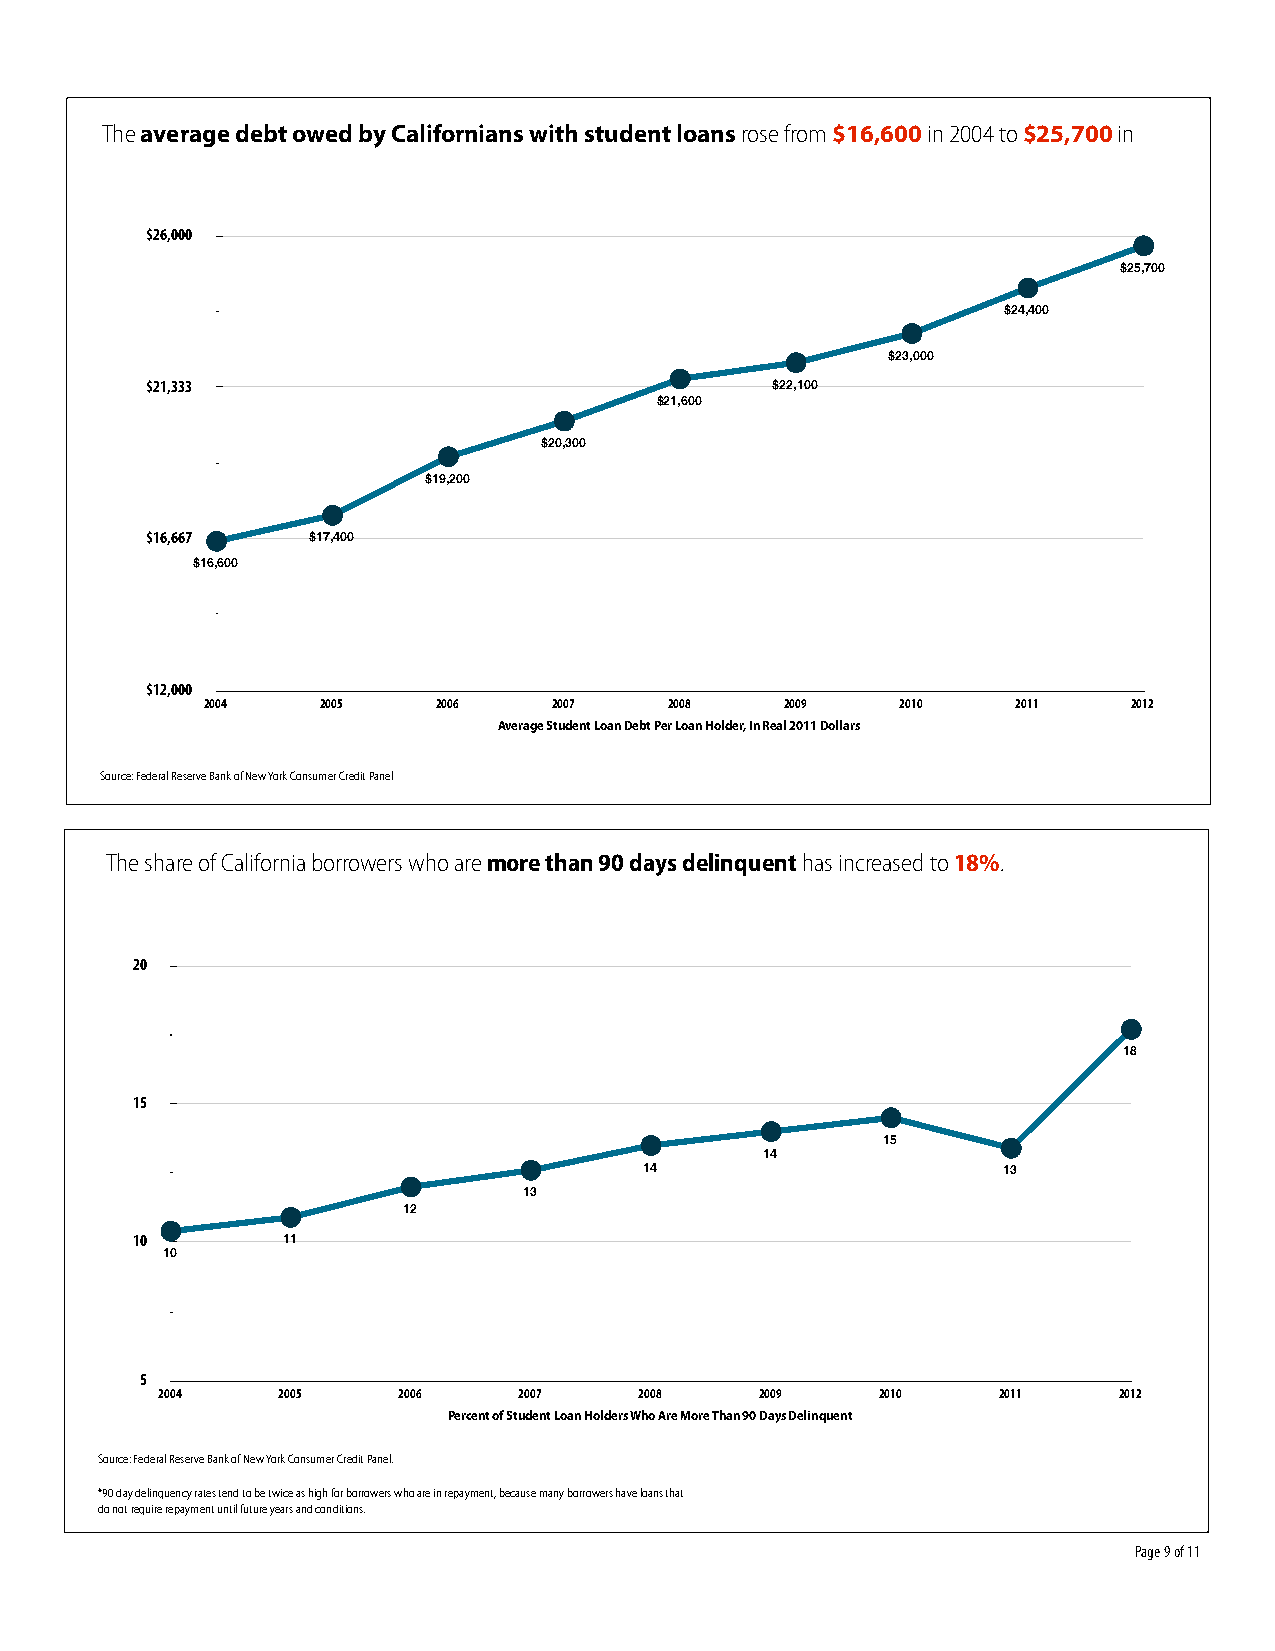
The average debt owed by Californians with student loans rose from $16,600 in 2004 to $25,700 in
 $26,000
 $25,700
 $24,400
 $23,000
 $21,333                                  $22,100
 $21,600
 $20,300
 $19,200
 $16,667   $17,400
 $16,600
 $12,000
 2004   2005    2006    2007   2008    2009    2010   2011    2012
 Average Student Loan Debt Per Loan Holder, In Real 2011 Dollars
 Source: Federal Reserve Bank of New York Consumer Credit Panel
 The share of California borrowers who are more than 90 days delinquent has increased to 18%.
 20
 18
 15
 15
 14
 14                     13
 13
 12
 10        11
 10
 5
 2004    2005    2006    2007    2008    2009    2010    2011    2012
 Percent of Student Loan Holders Who Are More Than 90 Days Delinquent
 Source: Federal Reserve Bank of New York Consumer Credit Panel.
 *90 day delinquency rates tend to be twice as high for borrowers who are in repayment, because many borrowers have loans that
 do not require repayment until future years and conditions.
 Page 9 of 11